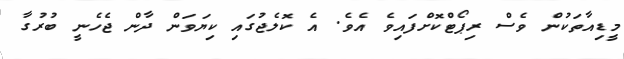
މީޑިއާތަކުން ވެސް ރިޕޯޓްކޮށްފައިވެ އެވެ. އެ ކޮލެޖުގައި ކިޔަވަން ދާން ޖެހެނީ ބުރުގާ